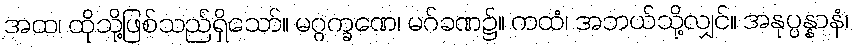
အထ၊ ထိုသို့ဖြစ်သည်ရှိသော်။ မဂ္ဂက္ခဏေ၊ မဂ်ခဏ၌။ ကထံ၊ အဘယ်သို့လျှင်။ အနုပ္ပန္နာနံ၊